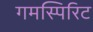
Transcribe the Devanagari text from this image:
गमस्पिरिट